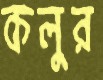
কলুর